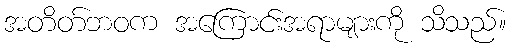
အတိတ်ဘဝက အကြောင်းအရာများကို သိသည်။